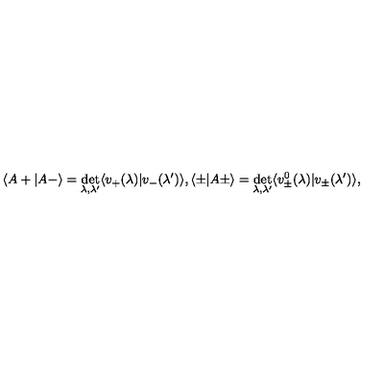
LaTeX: \langle A + | A - \rangle = \det _ { \lambda , \lambda ^ { \prime } } \langle v _ { + } ( \lambda ) | v _ { - } ( \lambda ^ { \prime } ) \rangle , \langle \pm | A \pm \rangle = \det _ { \lambda , \lambda ^ { \prime } } \langle v _ { \pm } ^ { 0 } ( \lambda ) | v _ { \pm } ( \lambda ^ { \prime } ) \rangle ,